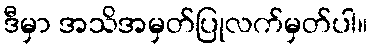
ဒီမှာ အသိအမှတ်ပြုလက်မှတ်ပါ။